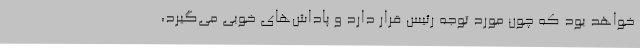
خواهد بود که چون مورد توجه رئیس قرار دارد و پاداش‌های خوبی می‌گیرد،